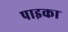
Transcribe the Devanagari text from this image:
पाइका